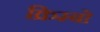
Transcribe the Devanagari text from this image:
क्रिम्बो